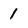
Character: 1